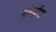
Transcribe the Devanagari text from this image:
मुंबईया